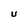
Character: U